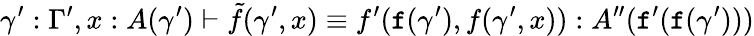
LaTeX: \gamma^{\prime}:\Gamma^{\prime},x:A(\gamma^{\prime})\vdash\tilde{f}(\gamma^{\prime},x)\equiv f^{\prime}(\textnormal{\texttt{f}}(\gamma^{\prime}),f(\gamma^{\prime},x)):A^{\prime\prime}(\textnormal{\texttt{f}}^{\prime}(\textnormal{\texttt{f}}(\gamma^{\prime})))